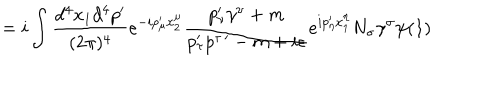
= i \int \frac { d ^ { 4 } x _ { 1 } d ^ { 4 } p ^ { \prime } } { ( 2 \pi ) ^ { 4 } } e ^ { - i p _ { \mu } ^ { \prime } x _ { 2 } ^ { \mu } } \frac { p _ { \nu } ^ { \prime } \gamma ^ { \nu } + m } { p _ { \tau } ^ { \prime } p ^ { \tau \, \prime } - m + i \epsilon } e ^ { i p _ { \eta } ^ { \prime } x _ { 1 } ^ { \eta } } N _ { \sigma } \gamma ^ { \sigma } \psi ( 1 )